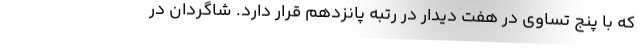
که با پنج تساوی در هفت دیدار در رتبه پانزدهم قرار دارد. شاگردان در